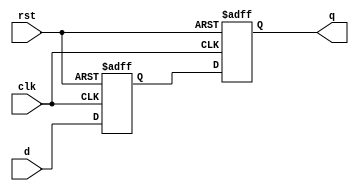
/* Copyright 2023 Fereie

   Licensed under the Apache License, Version 2.0 (the "License");
   you may not use this file except in compliance with the License.
   You may obtain a copy of the License at

       http://www.apache.org/licenses/LICENSE-2.0

   Unless required by applicable law or agreed to in writing, software
   distributed under the License is distributed on an "AS IS" BASIS,
   WITHOUT WARRANTIES OR CONDITIONS OF ANY KIND, either express or implied.
   See the License for the specific language governing permissions and
   limitations under the License.
*/

// 2 flip flop synchonizer
`timescale 1ns / 1ps

module doubleff_sync(clk,rst,d,q);
parameter WIDTH = 4;

input clk,rst;
input [WIDTH-1:0] d;
output reg [WIDTH-1:0] q;
reg [WIDTH-1:0] d1d2_0;

always @(posedge clk or negedge rst) begin
   if(!rst) begin
     {d1d2_0,q} <= 0;
   end
   else begin
       d1d2_0 <= d;
       q <= d1d2_0;
       end
end


endmodule